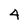
Character: 4